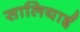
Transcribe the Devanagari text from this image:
सालियाई